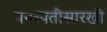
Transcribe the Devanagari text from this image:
वनस्पतीसारखी